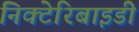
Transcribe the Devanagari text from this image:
निक्टेरिबाइडी